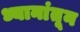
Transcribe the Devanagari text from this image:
ध्यानांतून